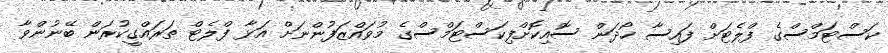
ކަސްޓަމްސްގެ ފްލެޓަށް ފައިސާ ހޯދަން ސޮއިކޮށްފިކަސްޓަމްސްގެ މުވައްޒަފުންނަށް އަޅާ ފްލެޓް ތަރައްގީކުރަން ބޭނުންވާ